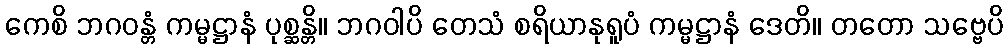
ကေစိ ဘဂဝန္တံ ကမ္မဋ္ဌာနံ ပုစ္ဆန္တိ။ ဘဂဝါပိ တေသံ စရိယာနုရူပံ ကမ္မဋ္ဌာနံ ဒေတိ။ တတော သဗ္ဗေပိ